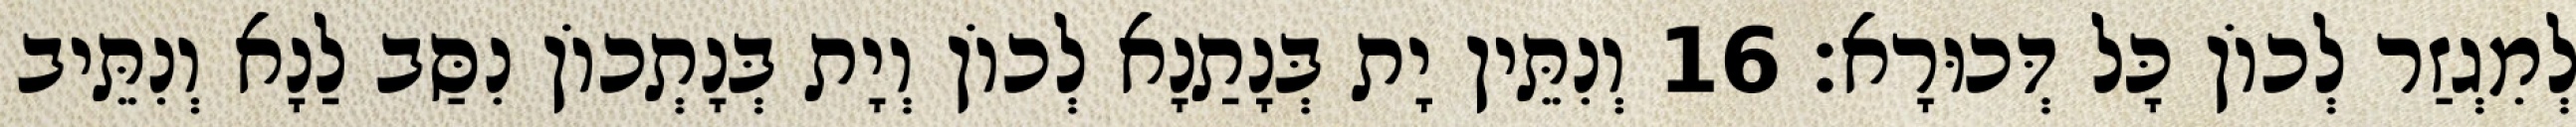
לְמִגְזַר לְכוֹן כָּל דְּכוּרָא׃ 16 וְנִתֵּין יָת בְּנָתַנָא לְכוֹן וְיָת בְּנָתְכוֹן נִסַּב לַנָא וְנִתֵּיב